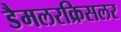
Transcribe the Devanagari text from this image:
डैमलरक्रिसलर